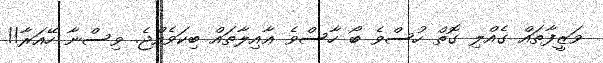
ވަޒީފާތައް ގެއްލި ގޮތް ހުސްވެ ބޯ ހާސްވެ ޢާއިލާތައް ބިކަވެއްޖެ. ވިސްނާ ހޭއަރާ!!